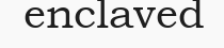
enclaved